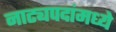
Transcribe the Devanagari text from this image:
नाट्यपदांमध्ये